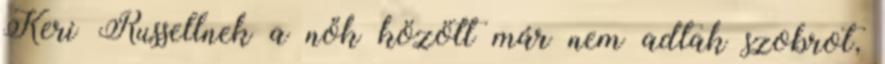
Keri Russellnek a nők között már nem adtak szobrot,